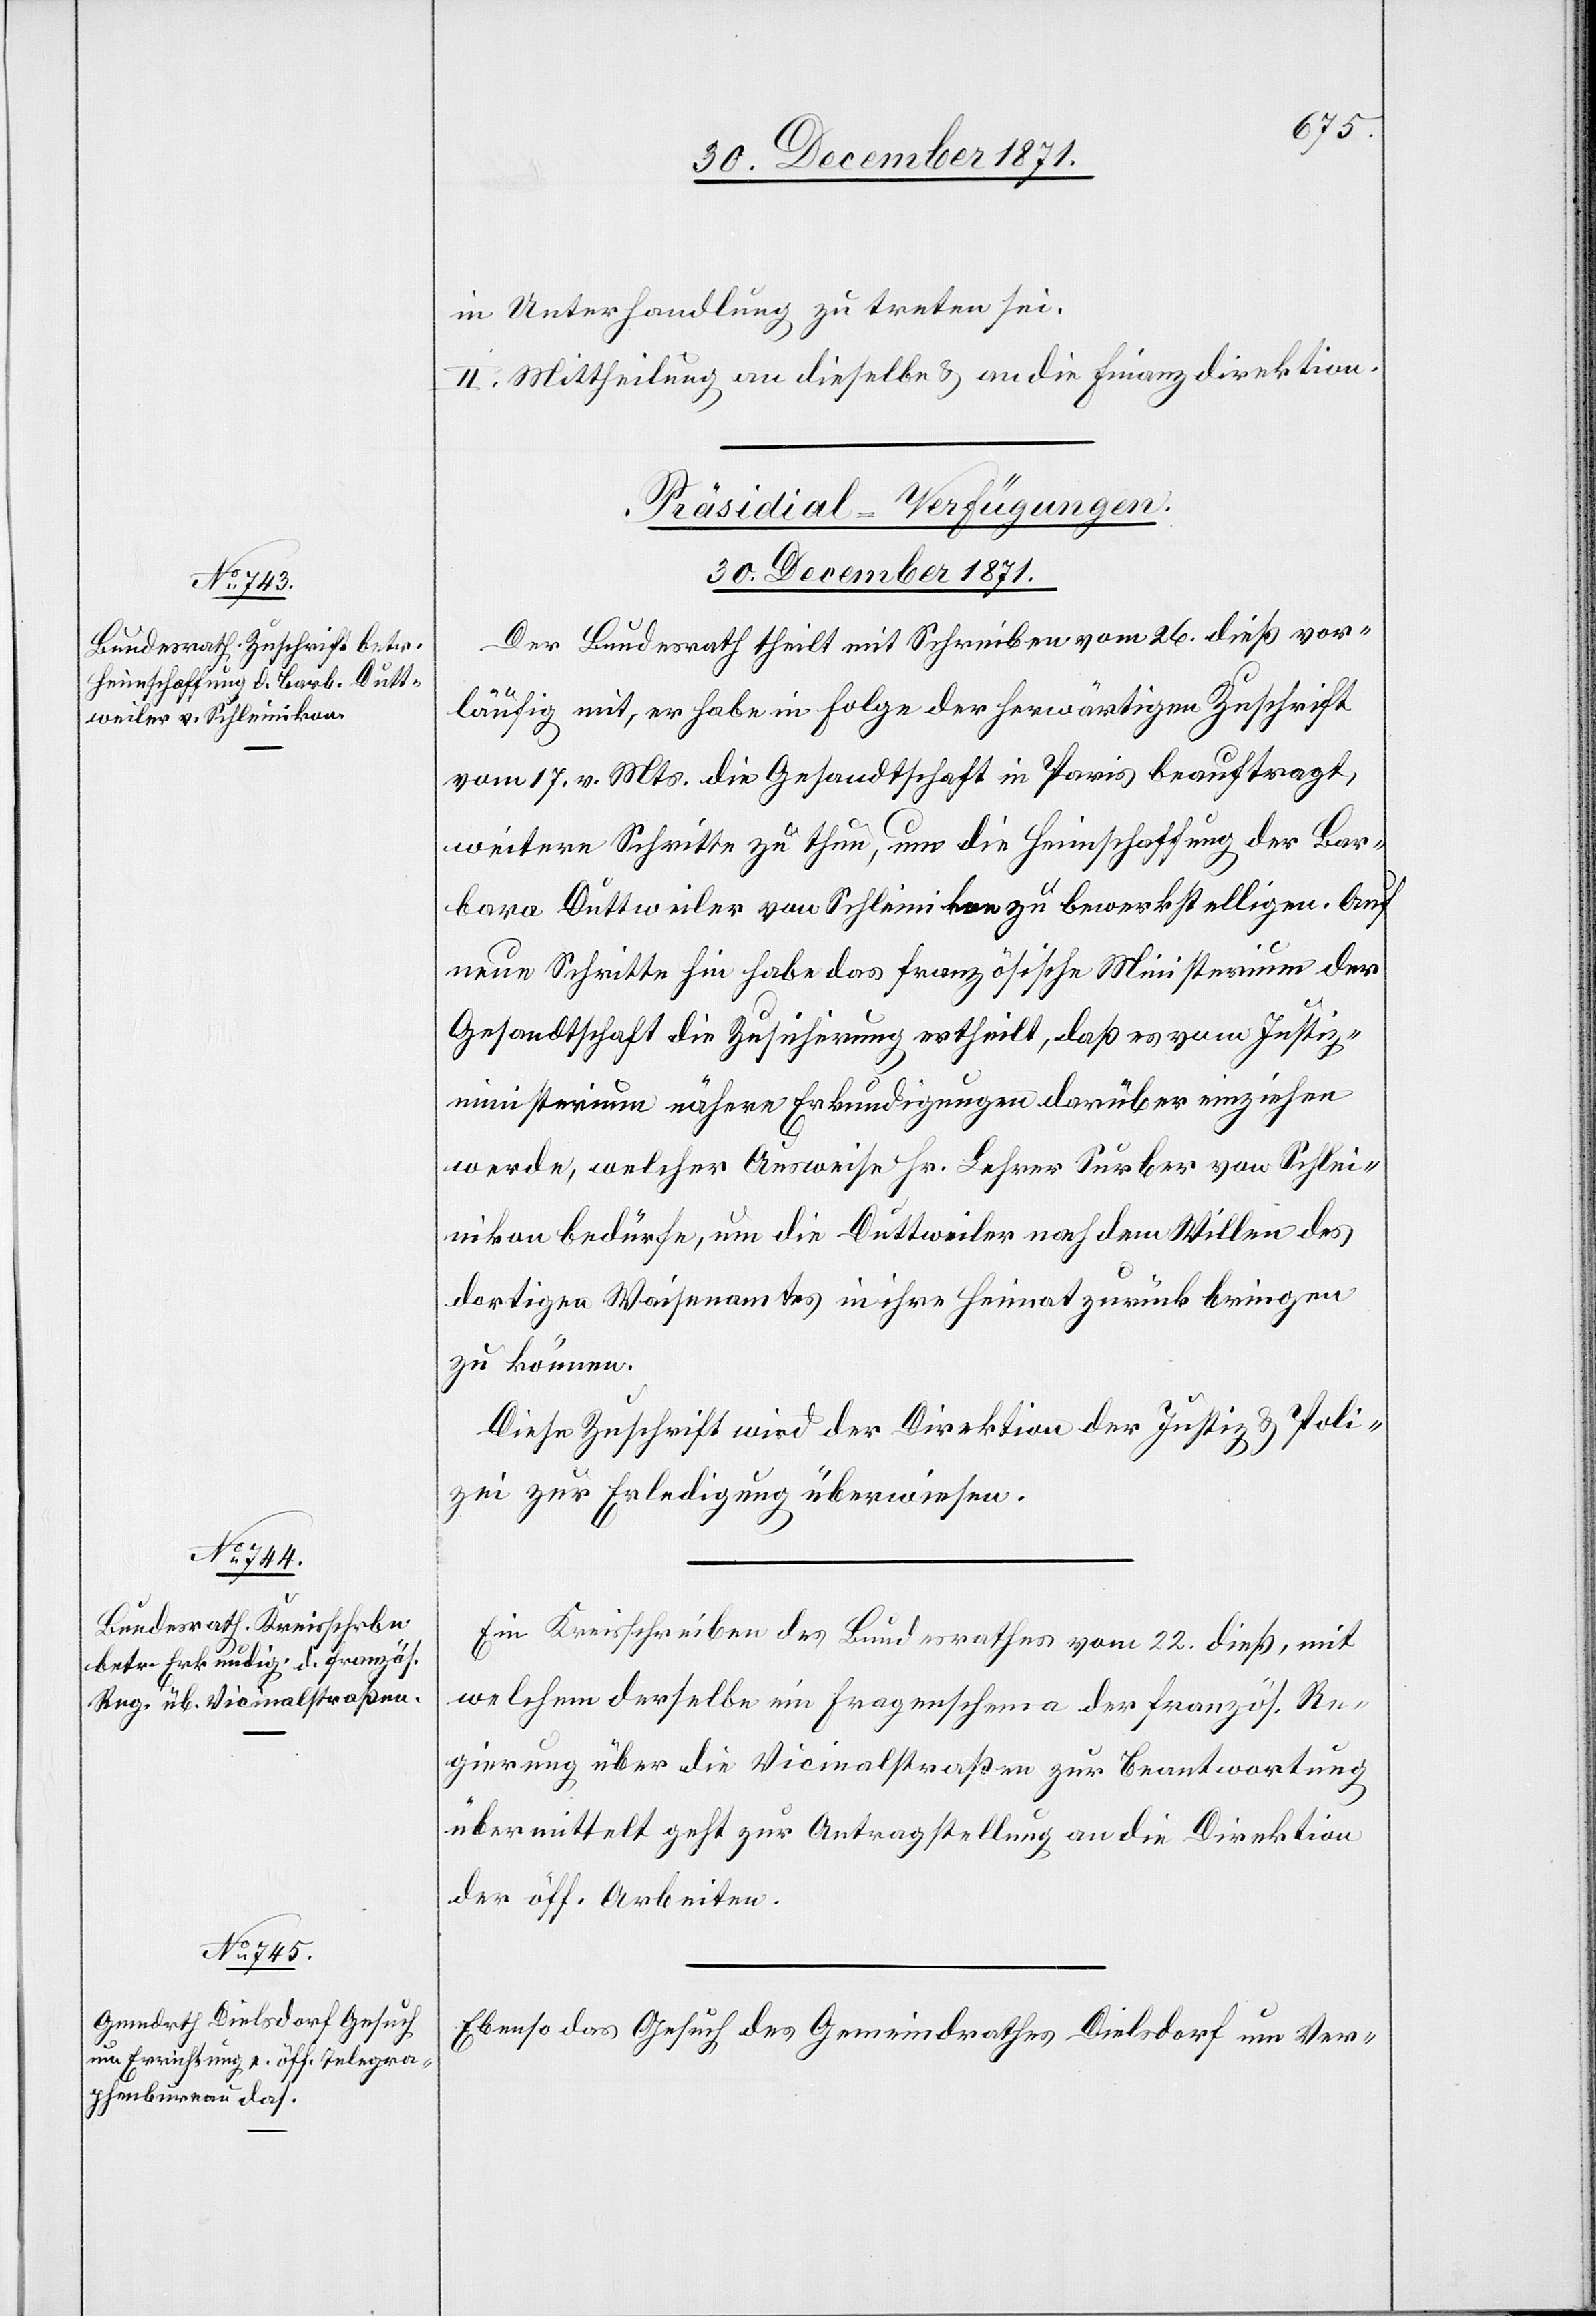
in Unterhandlung zu treten sei.
II. Mittheilung an dieselbe & an die Finanzdirektion.
[Präsidial-Verfügungen.
30. December 1871.]
Der Bundesrath theilt mit Schreiben vom 26. dieß vor¬
läufig mit, er habe in Folge der herwärtigen Zuschrift
vom 17. v. Mts. die Gesandtschaft in Paris beauftragt,
weitere Schritte zu thun, um die Heimschaffung der Bar¬
bara Duttweiler von Schleinikon zu bewerkstelligen. Auf
neue Schritte hin habe das französische Ministerium der
Gesandtschaft die Zusicherung ertheilt, daß es vom Justiz¬
ministerium nähere Erkundigungen darüber einziehen
werde, welcher Ausweise Hr. Lehrer Surber von Schlei¬
nikon bedürfe, um die Duttweiler nach dem Willen des
dortigen Waisenamtes in ihre Heimat zurück bringen
zu können.
Diese Zuschrift wird der Direktion der Justiz & Poli¬
zei zur Erledigung überwiesen.
Ein Kreisschreiben des Bundesrathes vom 22. dieß, mit
welchem derselbe ein Fragenschema der französ. Re¬
gierung über die Vicinalstraßen zur Beantwortung
übermittelt geht zur Antragstellung an die Direktion
der öff. Arbeiten.
Ebenso das Gesuch des Gemeindrathes Dielsdorf um Ver-